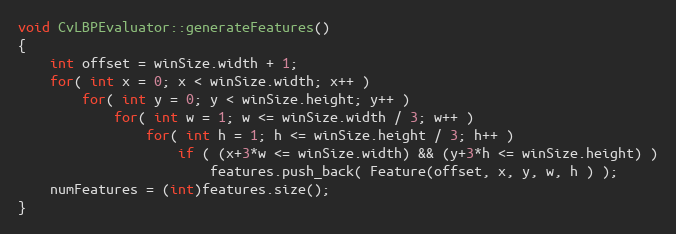
Language: C++
void CvLBPEvaluator::generateFeatures()
{
    int offset = winSize.width + 1;
    for( int x = 0; x < winSize.width; x++ )
        for( int y = 0; y < winSize.height; y++ )
            for( int w = 1; w <= winSize.width / 3; w++ )
                for( int h = 1; h <= winSize.height / 3; h++ )
                    if ( (x+3*w <= winSize.width) && (y+3*h <= winSize.height) )
                        features.push_back( Feature(offset, x, y, w, h ) );
    numFeatures = (int)features.size();
}